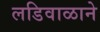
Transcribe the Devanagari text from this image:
लडिवाळाने